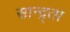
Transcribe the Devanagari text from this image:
सान्द्र्ता